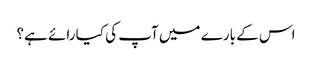
اس کے بارے میں آپ کی کیا رائے ہے؟